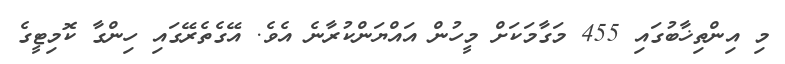
މި އިންތިޚާބުގައި 455 މަގާމަކަށް މީހުން އައްޔަންކުރާނެ އެވެ. އޭގެތެރޭގައި ހިންގާ ކޮމިޓީގެ